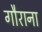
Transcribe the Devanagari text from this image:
गौराना